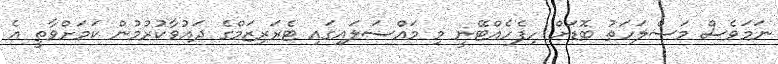
ނަމަވެސް މަސްލަހަތު ބޮޑަށް ހިފެހެއްޓޭނީ މި މައްސަލައިގައި ޓެރަރިޒަމްގެ ދައުވާކުރުމުން ކަމަށްވާތީ އެ